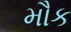
મૌક